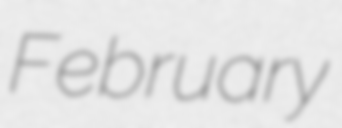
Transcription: February